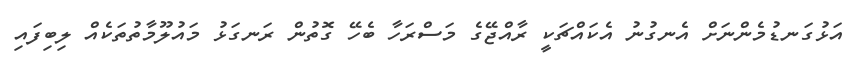
އަޅުގަނޑުމެންނަށް އެނގުނު އެކައްޗަކީ ރާއްޖޭގެ މަސްރަހާ ބެހޭ ގޮތުން ރަނގަޅު މައުލޫމާތުތަކެއް ލިބިފައި